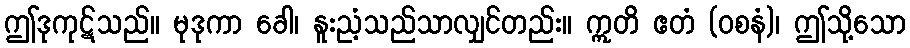
ဤဒုကုဋ်သည်။ မုဒုကာ ခေါ၊ နူးညံ့သည်သာလျှင်တည်း။ ဣတိ ဧတံ (ဝစနံ)၊ ဤသို့သော